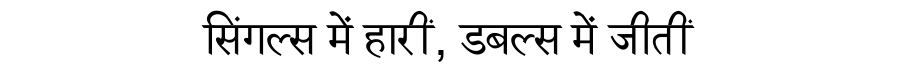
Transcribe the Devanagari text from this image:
सिंगल्स में हारीं, डबल्स में जीतीं